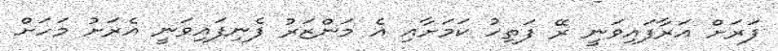
ފަރަށް އަރާފައިވަނީ ރޭ ފަތިހު ކަމަށާއި އެ މަންޒަރު ފެނިފައިވަނީ އެރަށު މަހަށް